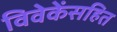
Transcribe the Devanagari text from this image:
विवेकेंसहित